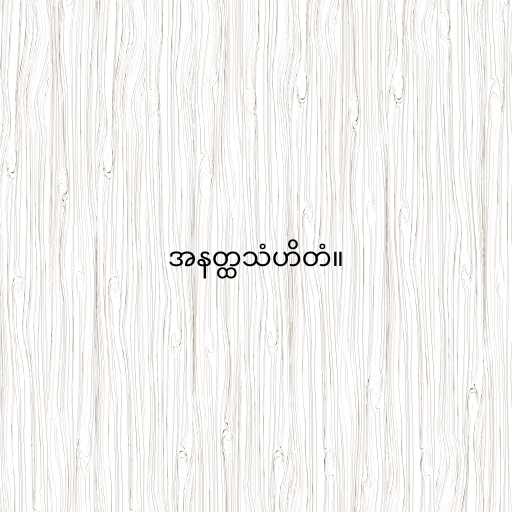
အနတ္ထသံဟိတံ။